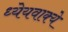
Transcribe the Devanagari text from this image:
ध्येयवाक्ये